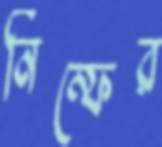
নিম্ফের